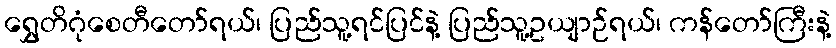
ရွှေတိဂုံစေတီတော်ရယ်၊ ပြည်သူ့ရင်ပြင်နဲ့ ပြည်သူ့ဥယျာဉ်ရယ်၊ ကန်တော်ကြီးနဲ့